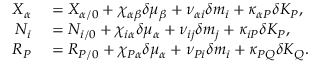
\begin{array} { r l } { X _ { \alpha } } & { { } = X _ { \alpha / 0 } + \chi _ { \alpha \beta } \delta \mu _ { \beta } + \nu _ { \alpha i } \delta m _ { i } + \kappa _ { \alpha P } \delta K _ { P } , } \\ { N _ { i } } & { { } = N _ { i / 0 } + \chi _ { i \alpha } \delta \mu _ { \alpha } + \nu _ { i j } \delta m _ { j } + \kappa _ { i P } \delta K _ { P } , } \\ { R _ { P } } & { { } = R _ { P / 0 } + \chi _ { P \alpha } \delta \mu _ { \alpha } + \nu _ { P i } \delta m _ { i } + \kappa _ { P Q } \delta K _ { Q } . } \end{array}